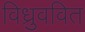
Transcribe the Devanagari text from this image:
विध्रुववित